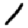
Digit: 1